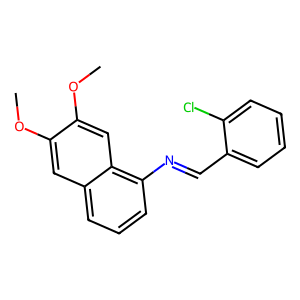
SMILES: COc1cc2cccc(N=Cc3ccccc3Cl)c2cc1OC
Inhibits HIV replication: No